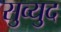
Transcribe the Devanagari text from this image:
सुव्युद